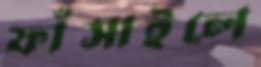
ফাঁসাইলে